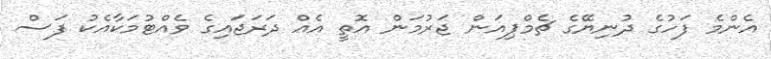
އެންމެ ފަހުގެ ދުނިޔޭގެ ޗެމްޕިއަން ޖަރުމަން އޮތީ އެއް ދަރަޖައިގެ ވެއްޓުމަކާއެކު ފަސް